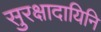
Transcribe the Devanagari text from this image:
सुरक्षादायिनि